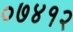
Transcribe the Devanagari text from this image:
०७४१२